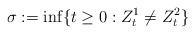
LaTeX: \begin{align*}\sigma:=\inf\{t\geq 0: Z^1_t\neq Z^2_t\}\end{align*}